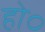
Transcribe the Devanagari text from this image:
हो०